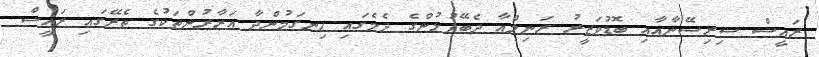
ރައީސް ސިރިސޭނާއާއި ބޮޑުވަޒީރު ރަނިލްއާ ދެބޭފުޅުންގެ ދެމެގައި ހިނގަމުންދާ އަރާރުންތަކުގެ ތެރޭގައި ރައީސް